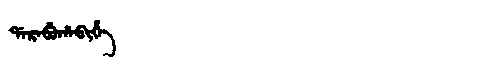
Manchu: ᡩᠠᡵᠠᠪᡠᡥᠠᠪᡳᡥᡝ
Romanization: DARABUHABIHE